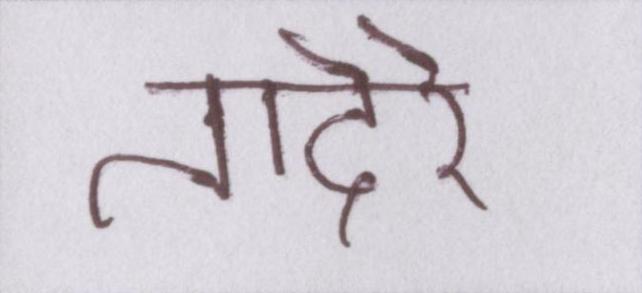
तादेरे